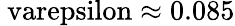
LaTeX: \mathrm{\ varepsilon\approx 0.085}